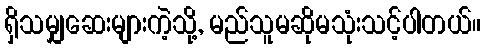
ရှိသမျှဆေးများကဲ့သို့, မည်သူမဆိုမသုံးသင့်ပါတယ်။